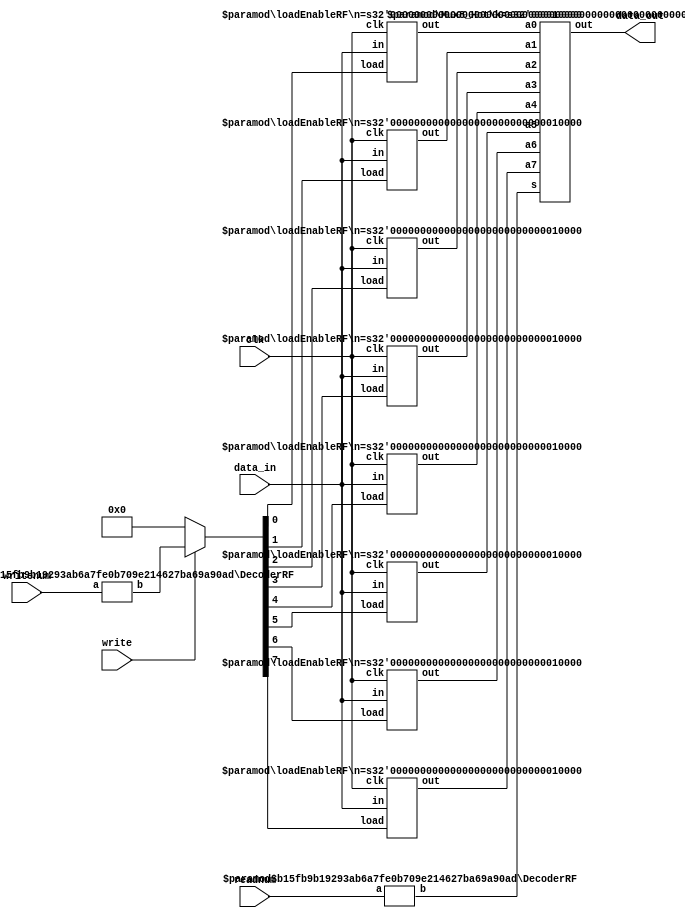
module regfile(data_in,writenum,write,readnum,clk,data_out);
input [15:0] data_in;
input [2:0] writenum, readnum;
input write, clk;
output [15:0] data_out;


wire [15:0] R0;
wire [15:0] R1;
wire [15:0] R2;
wire [15:0] R3;
wire [15:0] R4;
wire [15:0] R5;
wire [15:0] R6;
wire [15:0] R7;

wire [7:0] hotWrite;
wire [7:0] hotRead;

wire [7:0] hotWriteOut;
//Assigns the hotWrite one-hot code going to the regFile inputs if write is 1, otherwise assigns 8'b0
assign hotWriteOut = write ? hotWrite : 8'b0; 

DecoderRF #(3,8) writeHot(writenum,hotWrite); //Instantiate writeHot to module DecoderRF
DecoderRF #(3,8) readHot(readnum,hotRead); //Instantiate readHot to module DecoderRF
Mux8_Hot #(16) MUX(R7,R6,R5,R4,R3,R2,R1,R0,hotRead,data_out);//Instantiate MUX to module Mux8_Hot
loadEnableRF #(16) LR0(data_in,hotWriteOut[0],clk,R0); //Instantiate LR0 to module loadEnableRF
loadEnableRF #(16) LR1(data_in,hotWriteOut[1],clk,R1); //Instantiate LR1 to module loadEnableRF
loadEnableRF #(16) LR2(data_in,hotWriteOut[2],clk,R2); //Instantiate LR2 to module loadEnableRF
loadEnableRF #(16) LR3(data_in,hotWriteOut[3],clk,R3); //Instantiate LR3 to module loadEnableRF
loadEnableRF #(16) LR4(data_in,hotWriteOut[4],clk,R4); //Instantiate LR4 to module loadEnableRF
loadEnableRF #(16) LR5(data_in,hotWriteOut[5],clk,R5); //Instantiate LR5 to module loadEnableRF
loadEnableRF #(16) LR6(data_in,hotWriteOut[6],clk,R6); //Instantiate LR6 to module loadEnableRF
loadEnableRF #(16) LR7(data_in,hotWriteOut[7],clk,R7); //Instantiate LR7 to module loadEnableRF

endmodule

module loadEnableRF(in,load,clk,out); //Create a loadEnable, referenced from slide set 6
 parameter n = 16;
 input [n-1:0] in;
 input load,clk;
 output[n-1:0] out;
 wire [n-1:0] middle;

 vDFFRF #(n) value (clk,middle,out); //Instantiate value with module VDFFRF
 assign middle = load ? in : out; //2 input binary select multiplexer

endmodule


module vDFFRF(clk,in,out); //Flip Flop, referenced from slide set 5
 parameter n = 1; //width
 input clk;
 input [n-1:0] in;
 output [n-1:0] out;
 reg [n-1:0] out;
 //Assigns out on the positive edge of clk
 always@(posedge clk)
  out = in;
endmodule

module Mux8_Hot(a7,a6,a5,a4,a3,a2,a1,a0,s,out); //Multiplexer with 8 input and a one hot code as s, referenced from slide set 6
 parameter k = 16;
 input [k-1:0] a7,a6,a5,a4,a3,a2,a1,a0;
 input [7:0] s;
 output [k-1:0] out;

 //Assigns out to be the the input selected by the one-hot code 
 assign out =({k{s[0]}} & a0) |
	   ({k{s[1]}} & a1) |
	   ({k{s[2]}} & a2) |
	   ({k{s[3]}} & a3) |
	   ({k{s[4]}} & a4) |
	   ({k{s[5]}} & a5) |
	   ({k{s[6]}} & a6) |
	   ({k{s[7]}} & a7) ;
endmodule


//a - binary input (n bits wide)
//b - one hot output (m bits wide)

module DecoderRF(a,b); //Decoder referenced from slide set 6 
 parameter n = 2;
 parameter m = 4;
 
 input [n-1:0] a;
 output [m-1:0] b;

//Assigns a one-hot code by shifting a 1 to the left by a
 wire [m-1:0] b = 1 << a; 
endmodule